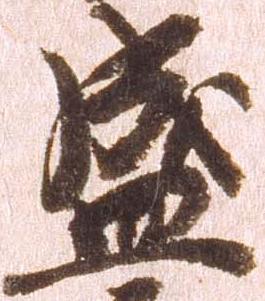
盛